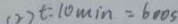
( 2 ) t = 1 0 \min = 6 0 0 s